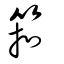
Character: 筘